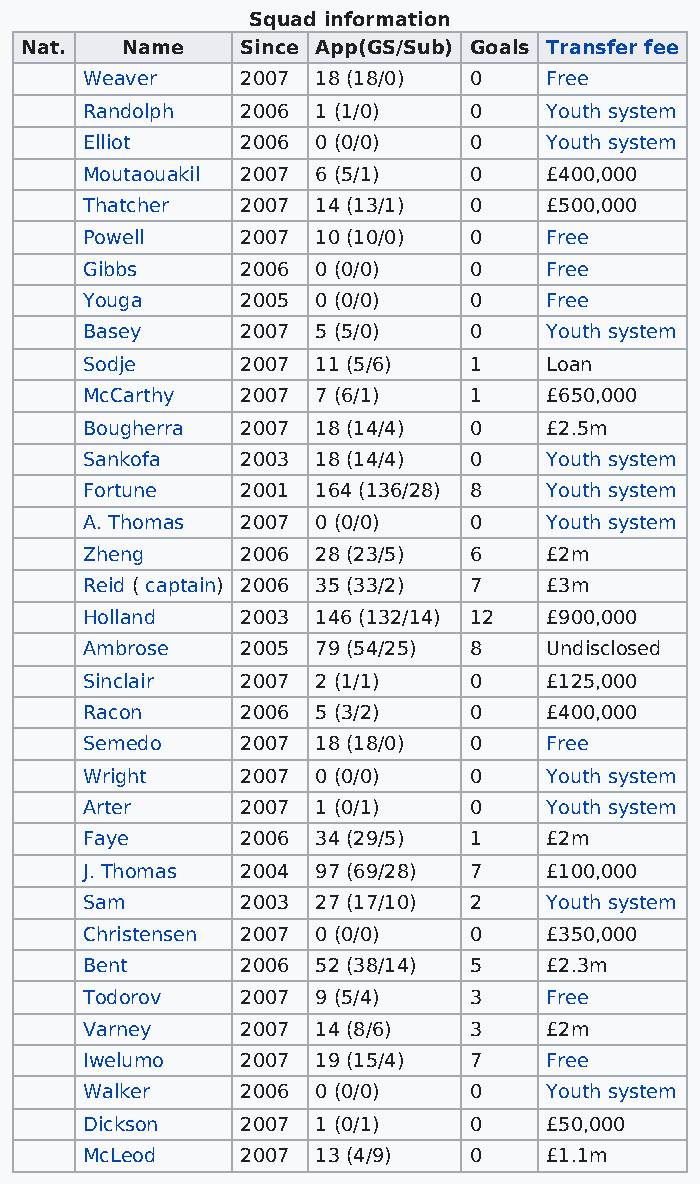
Squad information
 Nat.   Name    Since App(GS/Sub) Goals Transfer fee
 Weaver     2007 18 (18/0) 0    Free
 Randolph   2006 1 (1/0)   0    Youth system
 Elliot     2006 0 (0/0)   0    Youth system
 Moutaouakil 2007 6 (5/1)  0    £400,000
 Thatcher   2007 14 (13/1) 0    £500,000
 Powell     2007 10 (10/0) 0    Free
 Gibbs      2006 0 (0/0)   0    Free
 Youga      2005 0 (0/0)   0    Free
 Basey      2007 5 (5/0)   0    Youth system
 Sodje      2007 11 (5/6)  1    Loan
 McCarthy   2007 7 (6/1)   1    £650,000
 Bougherra  2007 18 (14/4) 0    £2.5m
 Sankofa    2003 18 (14/4) 0    Youth system
 Fortune    2001 164 (136/28) 8 Youth system
 A. Thomas  2007 0 (0/0)   0    Youth system
 Zheng      2006 28 (23/5) 6    £2m
 Reid ( captain) 2006 35 (33/2) 7 £3m
 Holland    2003 146 (132/14) 12 £900,000
 Ambrose    2005 79 (54/25) 8   Undisclosed
 Sinclair   2007 2 (1/1)   0    £125,000
 Racon      2006 5 (3/2)   0    £400,000
 Semedo     2007 18 (18/0) 0    Free
 Wright     2007 0 (0/0)   0    Youth system
 Arter      2007 1 (0/1)   0    Youth system
 Faye       2006 34 (29/5) 1    £2m
 J. Thomas  2004 97 (69/28) 7   £100,000
 Sam        2003 27 (17/10) 2   Youth system
 Christensen 2007 0 (0/0)  0    £350,000
 Bent       2006 52 (38/14) 5   £2.3m
 Todorov    2007 9 (5/4)   3    Free
 Varney     2007 14 (8/6)  3    £2m
 Iwelumo    2007 19 (15/4) 7    Free
 Walker     2006 0 (0/0)   0    Youth system
 Dickson    2007 1 (0/1)   0    £50,000
 McLeod     2007 13 (4/9)  0    £1.1m